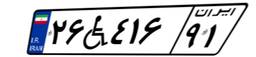
۲۶W۴۱۶۹۱